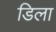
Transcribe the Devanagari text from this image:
डिला